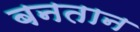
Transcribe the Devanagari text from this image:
बनतान